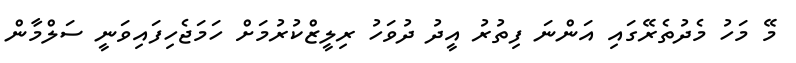
މޭ މަހު މެދުތެރޭގައި އަންނަ ފިތުރު އީދު ދުވަހު ރިލީޒްކުރުމަށް ހަމަޖެހިފައިވަނީ ސަލްމާން